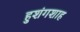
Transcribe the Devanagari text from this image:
हुशंगशाह